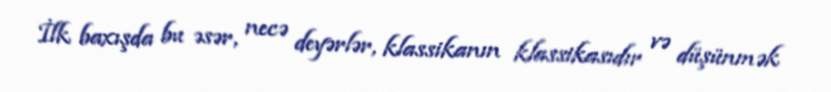
İlk baxışda bu əsər, necə deyərlər, klassikanın klassikasıdır və düşünmək